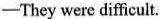
-They were difficult.